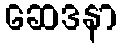
ဆေဒနာ